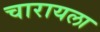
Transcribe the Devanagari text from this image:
चारायला